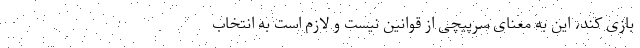
بازی کند، این به معنای سرپیچی از قوانین نیست و لازم است به انتخاب